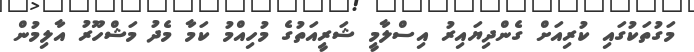
މަގުތަކުގައި ކުރިއަށް ގެންދިޔައިރު އިސްލާމީ ޝަރީއަތުގެ މުހިއްމު ކަމާ މެދު މަޝްހޫރު އާލިމުން